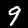
Digit: 9